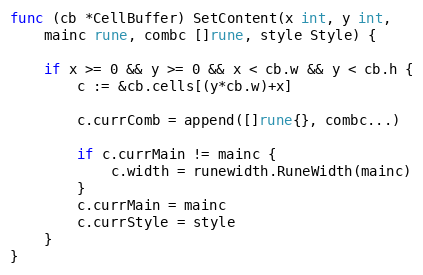
Language: Go
func (cb *CellBuffer) SetContent(x int, y int,
	mainc rune, combc []rune, style Style) {

	if x >= 0 && y >= 0 && x < cb.w && y < cb.h {
		c := &cb.cells[(y*cb.w)+x]

		c.currComb = append([]rune{}, combc...)

		if c.currMain != mainc {
			c.width = runewidth.RuneWidth(mainc)
		}
		c.currMain = mainc
		c.currStyle = style
	}
}